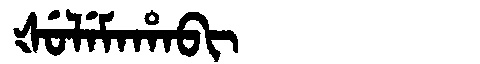
Manchu: ᡧᡠᠯᡝᠮᠠᡥᠠᠪᡳ
Romanization: ŠULEMAHABI